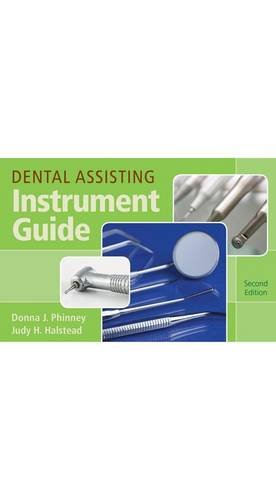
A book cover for Dental Assisting Instrument Guide; Donna J. Phinney; Medical Books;